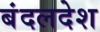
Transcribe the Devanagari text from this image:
बंदलदेश